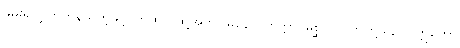
ဖမ်း၍လွှတ်ကုန်သကဲ့သို့။ တထာ၊ ထို့အတူ။ မနောဝိတက္ကာ၊ မိစ္ဆာဝိတက်တို့သည်။ ဣတော